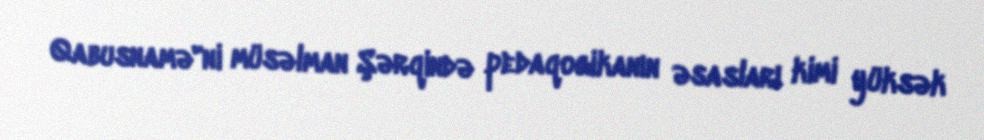
Qabusnamə"ni müsəlman Şərqində pedaqogikanın əsasları kimi yüksək